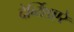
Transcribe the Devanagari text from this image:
देर्ब्य्शिएरे